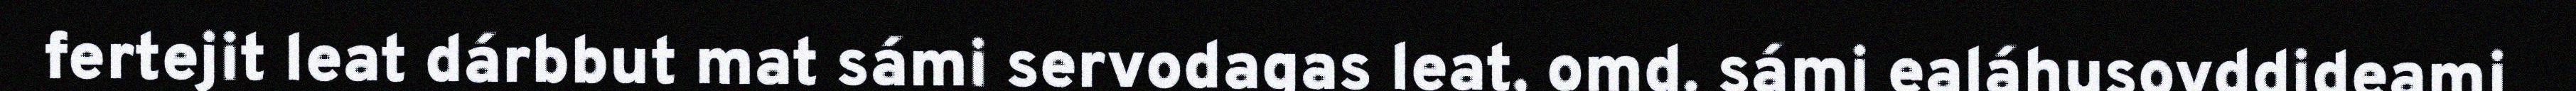
fertejit leat dárbbut mat sámi servodagas leat, omd. sámi ealáhusovddideami